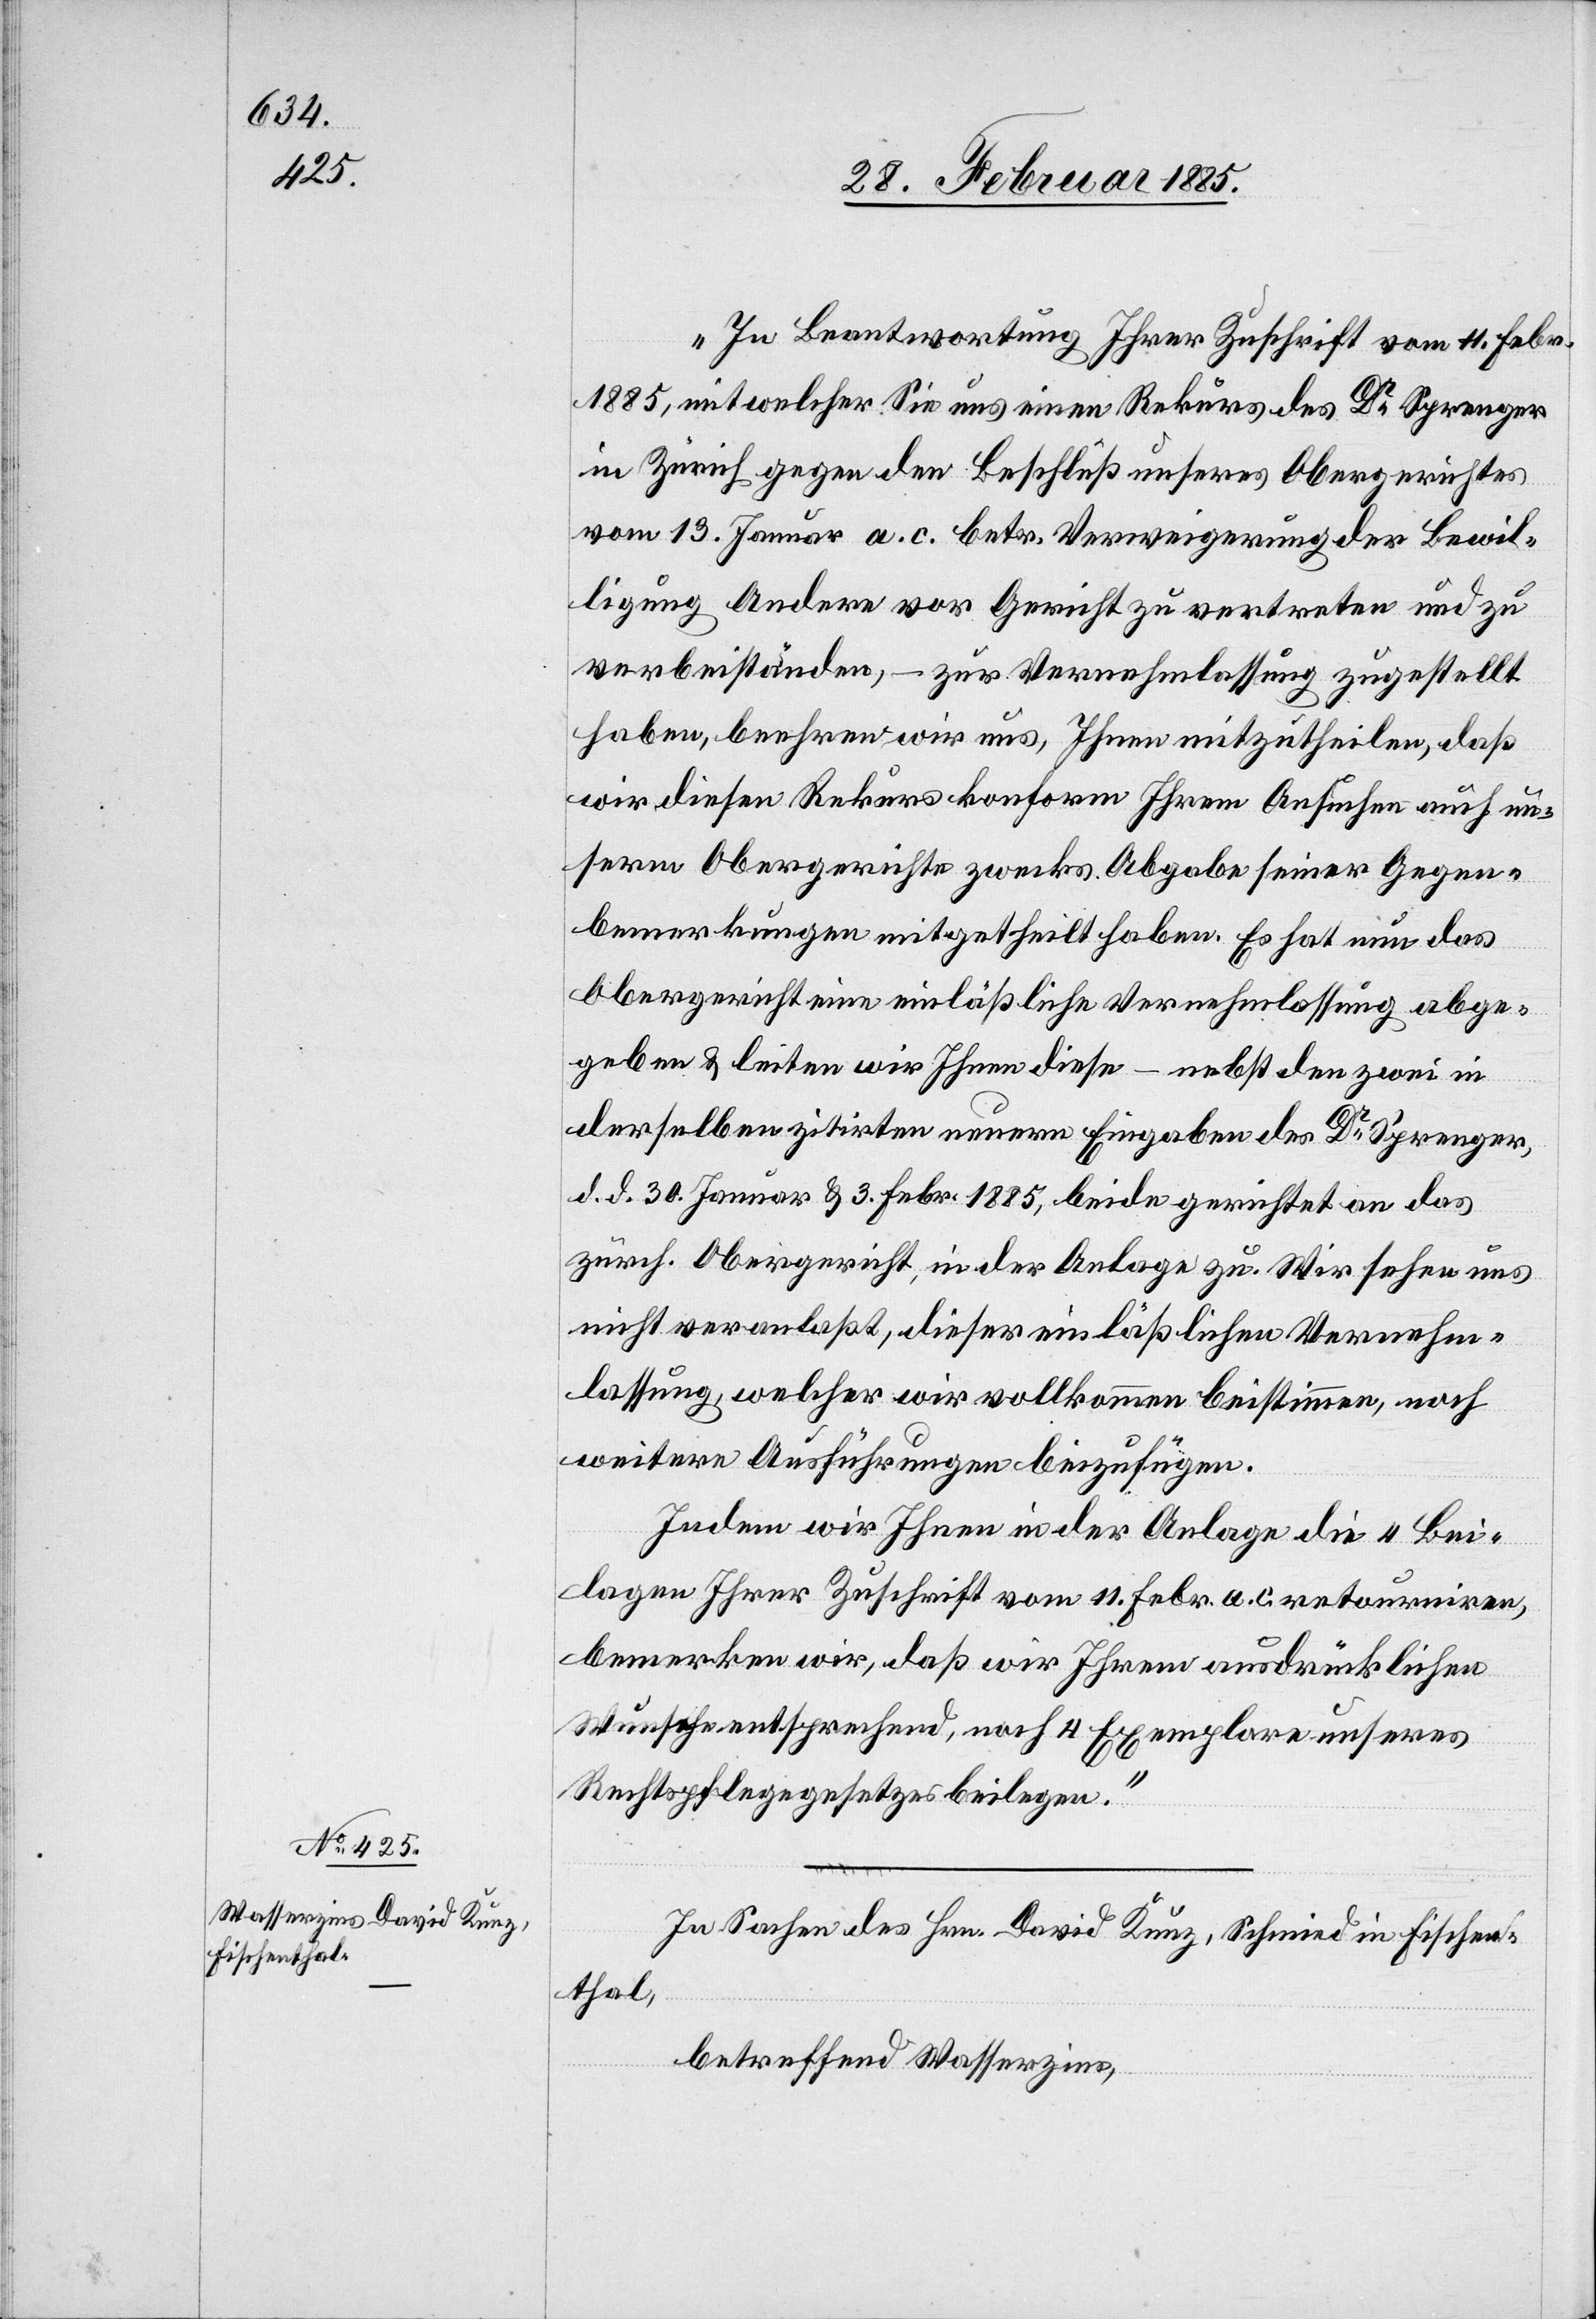
„In Beantwortung Ihrer Zuschrift vom 11. Febr.
1885, mit welcher Sie uns einen Rekurs des Dr Sprenger
in Zürich gegen den Beschluß unseres Obergerichtes
vom 13. Januar a. c. betr. Verweigerung der Bewil¬
ligung Andere vor Gericht zu vertreten und zu
verbeiständen, – zur Vernehmlassung zugestellt
haben, beehren wir uns, Ihnen mitzutheilen, daß
wir diesen Rekurs konform Ihrem Ansuchen auch un¬
serm Obergerichte zwecks Abgabe seiner Gegen¬
bemerkungen mitgetheilt haben. Es hat nun das
Obergericht einläßliche Vernehmlassung abge¬
geben & leiten wir Ihnen diese – nebst den zwei in
derselben zitirten neuern Eingaben des Dr Sprenger,
d. d. 30. Januar & 3. Febru. 1885, beide gerichtet an das
zürch. Obergericht, in der Anlage zu. Wir sehen uns
nicht veranlaßt, dieser einläßlichen Vernehm¬
lassung, welcher wir vollkommen beistimmen, noch
weitere Ausführungen beizufügen.
Indem wir Ihnen in der Anlage die 4 Bewi¬
lligungen Ihrer Zuschrift vom 11. Febr. a. c. retourniren,
bemerkten wir, daß wir Ihrem ausdrücklichen
Wunsche entsprechend, noch 4 Exemplare unseres
Rechtspflegegesetzes beilegen.“
In Sachen des Hrn. David Kunz, Schmied in Fischen¬
thal,
betreffend Wasserzins,